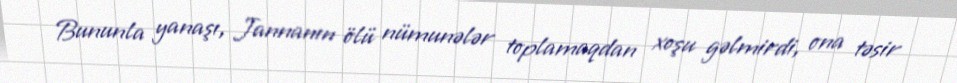
Bununla yanaşı, Jannanın ölü nümunələr toplamaqdan xoşu gəlmirdi, ona təsir